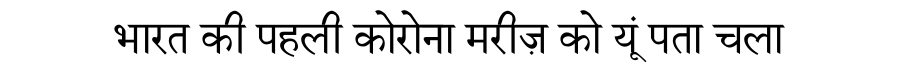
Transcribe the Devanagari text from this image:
भारत की पहली कोरोना मरीज़ को यूं पता चला